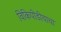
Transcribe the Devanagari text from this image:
विकिपीडीयाचा